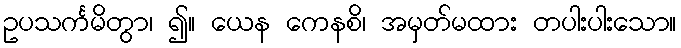
ဥပသင်္ကမိတွာ၊ ၍။ ယေန ကေနစိ၊ အမှတ်မထား တပါးပါးသော။